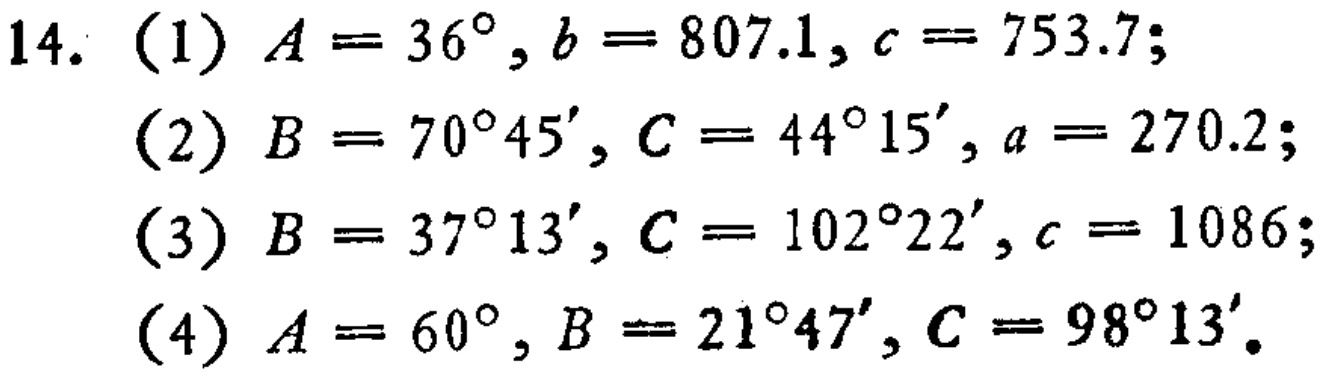
14. (1) \(A = 36^{\circ}, b = 807.1, c = 753.7\);
(2) \(B = 70^{\circ}45', C = 44^{\circ}15', a = 270.2\);
(3) \(B = 37^{\circ}13', C = 102^{\circ}22', c = 1086\);
(4) \(A = 60^{\circ}, B = 21^{\circ}47', C = 98^{\circ}13'\)